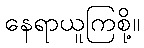
နေရာယူကြစို့။